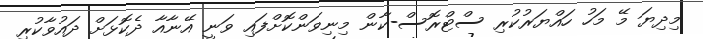
މިދިޔަ މޭ މަހު ހައްޔަރުކުރި ސްޓްރޮސް-ކާން މިނިވަންކޮށްފައި ވަނީ އޭނާއާ ދެކޮޅަށް ދައުވާކުރި